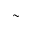
\sim